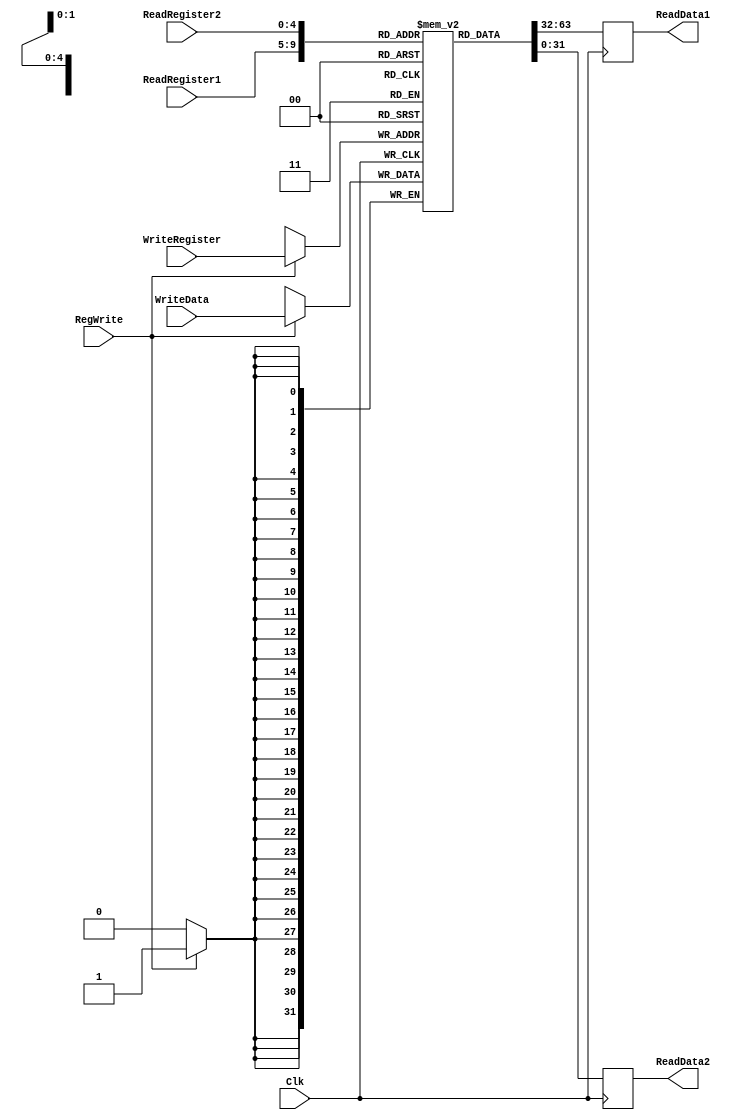
`timescale 1ns / 1ps

////////////////////////////////////////////////////////////////////////////////
// ECE369 - Computer Architecture
// 
//
//
// Student(s) Name and Last Name: FILL IN YOUR INFO HERE!
//
//
// Module - register_file.v
// Description - Implements a register file with 32 32-Bit wide registers.
//
// 
// INPUTS:-
// ReadRegister1: 5-Bit address to select a register to be read through 32-Bit 
//                output port 'ReadRegister1'.
// ReadRegister2: 5-Bit address to select a register to be read through 32-Bit 
//                output port 'ReadRegister2'.
// WriteRegister: 5-Bit address to select a register to be written through 32-Bit
//                input port 'WriteRegister'.
// WriteData: 32-Bit write input port.
// RegWrite: 1-Bit control input signal.
//
// OUTPUTS:-
// ReadData1: 32-Bit registered output. 
// ReadData2: 32-Bit registered output. 
//
// FUNCTIONALITY:-
// 'ReadRegister1' and 'ReadRegister2' are two 5-bit addresses to read two 
// registers simultaneously. The two 32-bit data sets are available on ports 
// 'ReadData1' and 'ReadData2', respectively. 'ReadData1' and 'ReadData2' are 
// registered outputs (output of register file is written into these registers 
// at the falling edge of the clock). You can view it as if outputs of registers
// specified by ReadRegister1 and ReadRegister2 are written into output 
// registers ReadData1 and ReadData2 at the falling edge of the clock. 
//
// 'RegWrite' signal is high during the rising edge of the clock if the input 
// data is to be written into the register file. The contents of the register 
// specified by address 'WriteRegister' in the register file are modified at the 
// rising edge of the clock if 'RegWrite' signal is high. The D-flip flops in 
// the register file are positive-edge (rising-edge) triggered. (You have to use 
// this information to generate the write-clock properly.) 
//
// NOTE:-
// We will design the register file such that the contents of registers do not 
// change for a pre-specified time before the falling edge of the clock arrives 
// to allow for data multiplexing and setup time.
////////////////////////////////////////////////////////////////////////////////

module RegisterFile(ReadRegister1, ReadRegister2, WriteRegister, WriteData, RegWrite, Clk, ReadData1, ReadData2);

	input [4:0] ReadRegister1, ReadRegister2, WriteRegister;   //the 5-bit register locations
	input [31:0] WriteData;    //the 32-bit data being written into the specified register at falling clock edge
	input RegWrite, Clk;   //the 1-bit control inputs
	
	//the 32-bit output data ports
	output reg [31:0] ReadData1, ReadData2;
	
	integer Counter;
	
	//the collection of 32-bit registers which will be used by the CPU
	reg [31:0] Registers[0:31];
	
//	initial begin
//	   for(Counter = 0; Counter < 32; Counter = Counter + 1) begin
//	       Registers[Counter] <= 0;
//	   end
//	end

    initial begin
        Registers[0] <= 0;
    end
	
	//for better pipelining, the register read instructions will take place at the beginning of cycle;
	//the write instructions will take place at the end.
	always @(negedge Clk) begin
	   ReadData1 <= Registers[ReadRegister1];
	   ReadData2 <= Registers[ReadRegister2];
	end
	
	always @(posedge Clk) begin
	   if(RegWrite == 1'b1) begin
	       Registers[WriteRegister] <= WriteData;
	   end
	end

endmodule